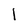
Character: l